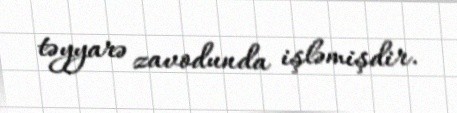
təyyarə zavodunda işləmişdir.